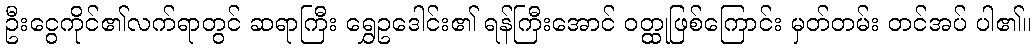
ဦးငွေကိုင်၏လက်ရာတွင် ဆရာကြီး ရွှေဥဒေါင်း၏ ရန်ကြီးအောင် ဝတ္ထုဖြစ်ကြောင်း မှတ်တမ်း တင်အပ် ပါ၏။